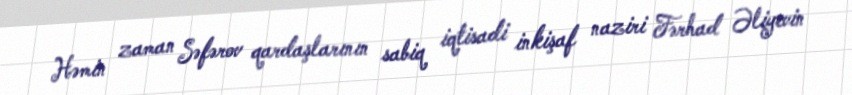
Həmin zaman Səfərov qardaşlarının sabiq iqtisadi inkişaf naziri Fərhad Əliyevin